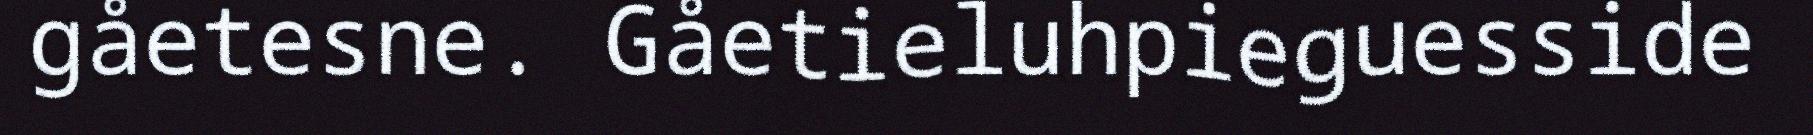
gåetesne. Gåetieluhpieguesside